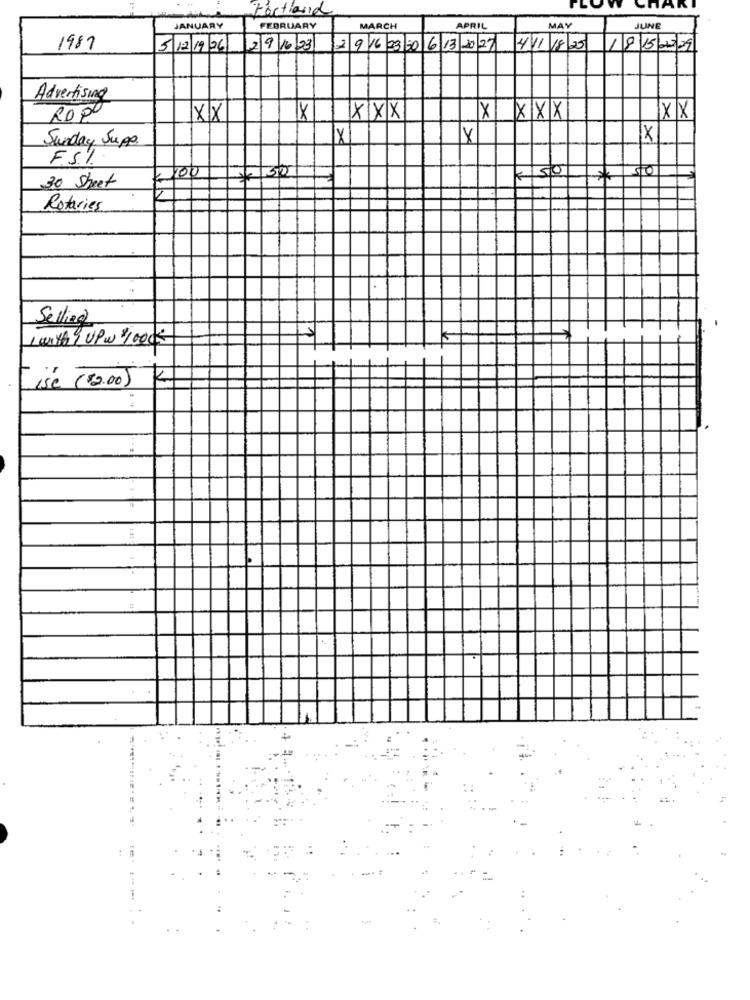
Portland
JANUARY
FEBRUARY
MARCH
APRIL
MAY
JUNE
1987
5 12 19 26 29 1623
2 9 16 23 20 6 13 20 27 4 11 18 20
185000
Advertising
ROP
XX
XXX
XXXX
XX
Sunday Sup.
×
FS%
7100
7130
450
*
30 Street
Rotaries
Selling
1 with 9 UP w $1000k
Ise ($2.00)
K